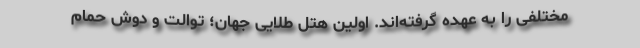
مختلفی را به عهده گرفته‌اند. اولین هتل طلایی جهان؛ توالت و دوش حمام